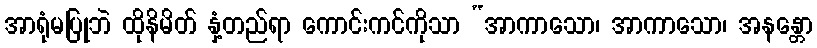
အာရုံမပြုဘဲ ထိုနိမိတ် နှံ့တည်ရာ ကောင်းကင်ကိုသာ “အာကာသော၊ အာကာသော၊ အနန္တော